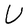
Character: U